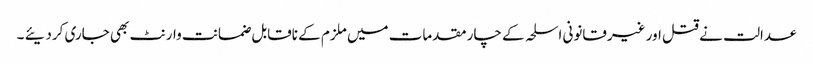
عدالت نے قتل اور غیرقانونی اسلحہ کے چار مقدمات میں ملزم کے ناقابل ضمانت وارنٹ بھی جاری کردیئے ۔